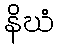
နိဃံ